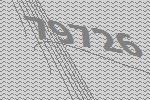
79726